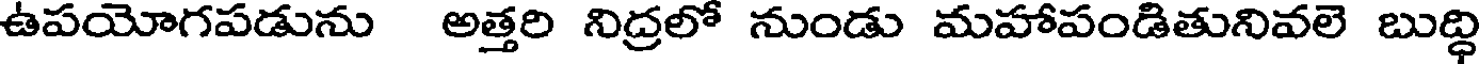
ఉపయోగపడును అత్తరి నిద్రలో నుండు మహాపండితునివలె బుద్ధి